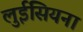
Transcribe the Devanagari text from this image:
लुईसियना